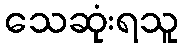
သေဆုံးရသူ